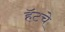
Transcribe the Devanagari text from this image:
हॅटचे